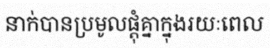
នាក់បានប្រមូលផ្តុំគ្នាក្នុងរយៈពេល